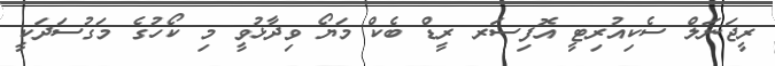
ރީޖަނަލް ސެކިއުރިޓީ އޮފިސަރ ރީޑް ބެކް މަޔޯ ވިދާޅުވީ މި ކޯހުގެ މަގުސަދަކީ